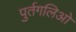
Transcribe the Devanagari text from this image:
पुर्तगलिओ